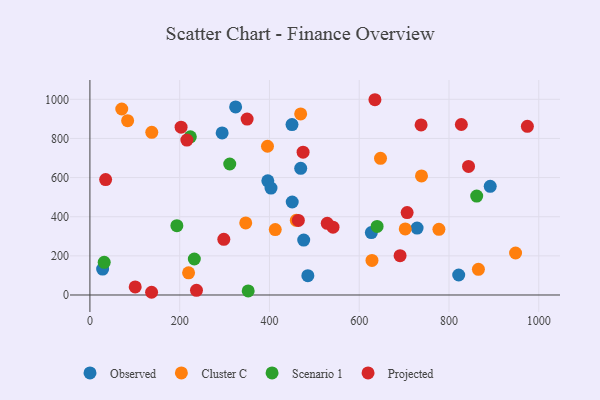
{"axis": {"x": "Speed", "y": "Profit"}, "legend": ["Cluster C", "Observed", "Projected", "Scenario 1"], "data": [{"x": "469.6", "y": 647.4, "type": "Observed"}, {"x": "476.3", "y": 280.5, "type": "Observed"}, {"x": "485.5", "y": 98.7, "type": "Observed"}, {"x": "294.6", "y": 828.3, "type": "Observed"}, {"x": "627.0", "y": 318.8, "type": "Observed"}, {"x": "821.6", "y": 102.1, "type": "Observed"}, {"x": "891.8", "y": 555.4, "type": "Observed"}, {"x": "28.3", "y": 132.4, "type": "Observed"}, {"x": "324.6", "y": 961.3, "type": "Observed"}, {"x": "396.3", "y": 583.7, "type": "Observed"}, {"x": "728.9", "y": 342.2, "type": "Observed"}, {"x": "450.2", "y": 870.8, "type": "Observed"}, {"x": "450.7", "y": 475.2, "type": "Observed"}, {"x": "403.4", "y": 546.2, "type": "Observed"}, {"x": "70.9", "y": 950.6, "type": "Cluster C"}, {"x": "647.4", "y": 698.6, "type": "Cluster C"}, {"x": "137.8", "y": 831.1, "type": "Cluster C"}, {"x": "219.8", "y": 113.4, "type": "Cluster C"}, {"x": "347.1", "y": 368.4, "type": "Cluster C"}, {"x": "738.7", "y": 608.7, "type": "Cluster C"}, {"x": "702.5", "y": 337.4, "type": "Cluster C"}, {"x": "395.6", "y": 760.2, "type": "Cluster C"}, {"x": "412.9", "y": 334.4, "type": "Cluster C"}, {"x": "777.5", "y": 335.4, "type": "Cluster C"}, {"x": "865.5", "y": 131.4, "type": "Cluster C"}, {"x": "459.8", "y": 381.7, "type": "Cluster C"}, {"x": "948.3", "y": 214.7, "type": "Cluster C"}, {"x": "469.5", "y": 925.4, "type": "Cluster C"}, {"x": "84.0", "y": 891.0, "type": "Cluster C"}, {"x": "628.4", "y": 176.9, "type": "Cluster C"}, {"x": "223.7", "y": 808.5, "type": "Scenario 1"}, {"x": "193.7", "y": 354.2, "type": "Scenario 1"}, {"x": "232.6", "y": 183.9, "type": "Scenario 1"}, {"x": "861.7", "y": 505.4, "type": "Scenario 1"}, {"x": "639.8", "y": 350.6, "type": "Scenario 1"}, {"x": "311.5", "y": 669.5, "type": "Scenario 1"}, {"x": "352.6", "y": 20.8, "type": "Scenario 1"}, {"x": "31.8", "y": 166.8, "type": "Scenario 1"}, {"x": "737.8", "y": 869.3, "type": "Projected"}, {"x": "691.0", "y": 200.9, "type": "Projected"}, {"x": "237.4", "y": 24.1, "type": "Projected"}, {"x": "100.9", "y": 41.0, "type": "Projected"}, {"x": "35.0", "y": 589.9, "type": "Projected"}, {"x": "464.4", "y": 380.9, "type": "Projected"}, {"x": "974.6", "y": 862.0, "type": "Projected"}, {"x": "706.7", "y": 421.0, "type": "Projected"}, {"x": "350.2", "y": 898.9, "type": "Projected"}, {"x": "216.0", "y": 791.7, "type": "Projected"}, {"x": "827.5", "y": 871.2, "type": "Projected"}, {"x": "541.6", "y": 346.7, "type": "Projected"}, {"x": "137.4", "y": 13.9, "type": "Projected"}, {"x": "203.1", "y": 857.6, "type": "Projected"}, {"x": "528.7", "y": 366.1, "type": "Projected"}, {"x": "474.9", "y": 730.0, "type": "Projected"}, {"x": "843.5", "y": 656.9, "type": "Projected"}, {"x": "635.0", "y": 997.9, "type": "Projected"}, {"x": "298.3", "y": 284.6, "type": "Projected"}]}